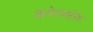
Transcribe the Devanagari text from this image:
आवेगशक्ति